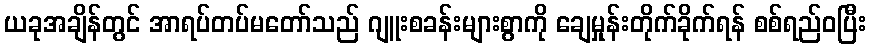
ယခုအချိန်တွင် အာရပ်တပ်မတော်သည် ဂျူးစခန်းများစွာကို ချေမှုန်းတိုက်ခိုက်ရန် စစ်ရည်ဝပြီး